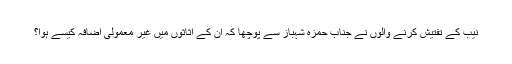
نیب کے تفتیش کرنے والوں نے جناب حمزہ شہباز سے پوچھا کہ ان کے اثاثوں میں غیر معمولی اضافہ کیسے ہوا؟